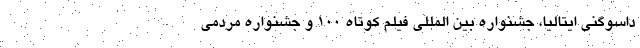
داسوگنی ایتالیا، جشنواره بین المللی فیلم کوتاه ۱۰۰ و جشنواره مردمی